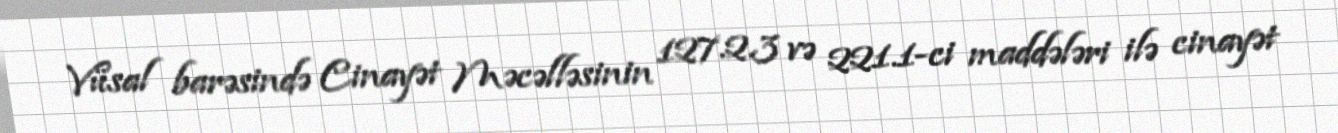
Vüsal barəsində Cinayət Məcəlləsinin 127.2.3 və 221.1-ci maddələri ilə cinayət